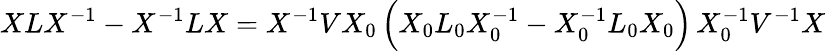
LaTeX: XLX^{-1}-X^{-1}LX=X^{-1}VX_{0}\, \Big(X_{0}L_{0}X_{0}^{-1}-X_{0}^{-1}L_{0}X_{0}\Big)\, X_{0}^{-1}V^{-1}X